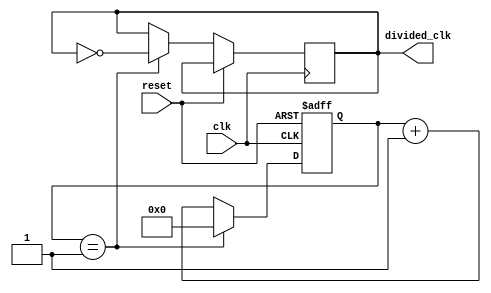
module clock_divider (
    input wire clk,
    input wire reset,
    output reg divided_clk
);

parameter DIV_RATIO = 2; // Specify the division ratio here

reg [31:0] count;

always @ (posedge clk or posedge reset) begin
    if (reset) begin
        count <= 0;
    end else begin
        if (count == DIV_RATIO - 1) begin
            count <= 0;
            divided_clk <= ~divided_clk; // Inverted output clock signal
        end else begin
            count <= count + 1;
        end
    end
end

endmodule